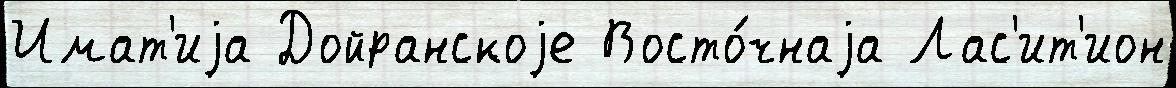
Имат'иjа Дойранскоjе Восто́чнаjа Лас'ит'ион